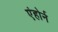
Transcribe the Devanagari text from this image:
एंहोर्न